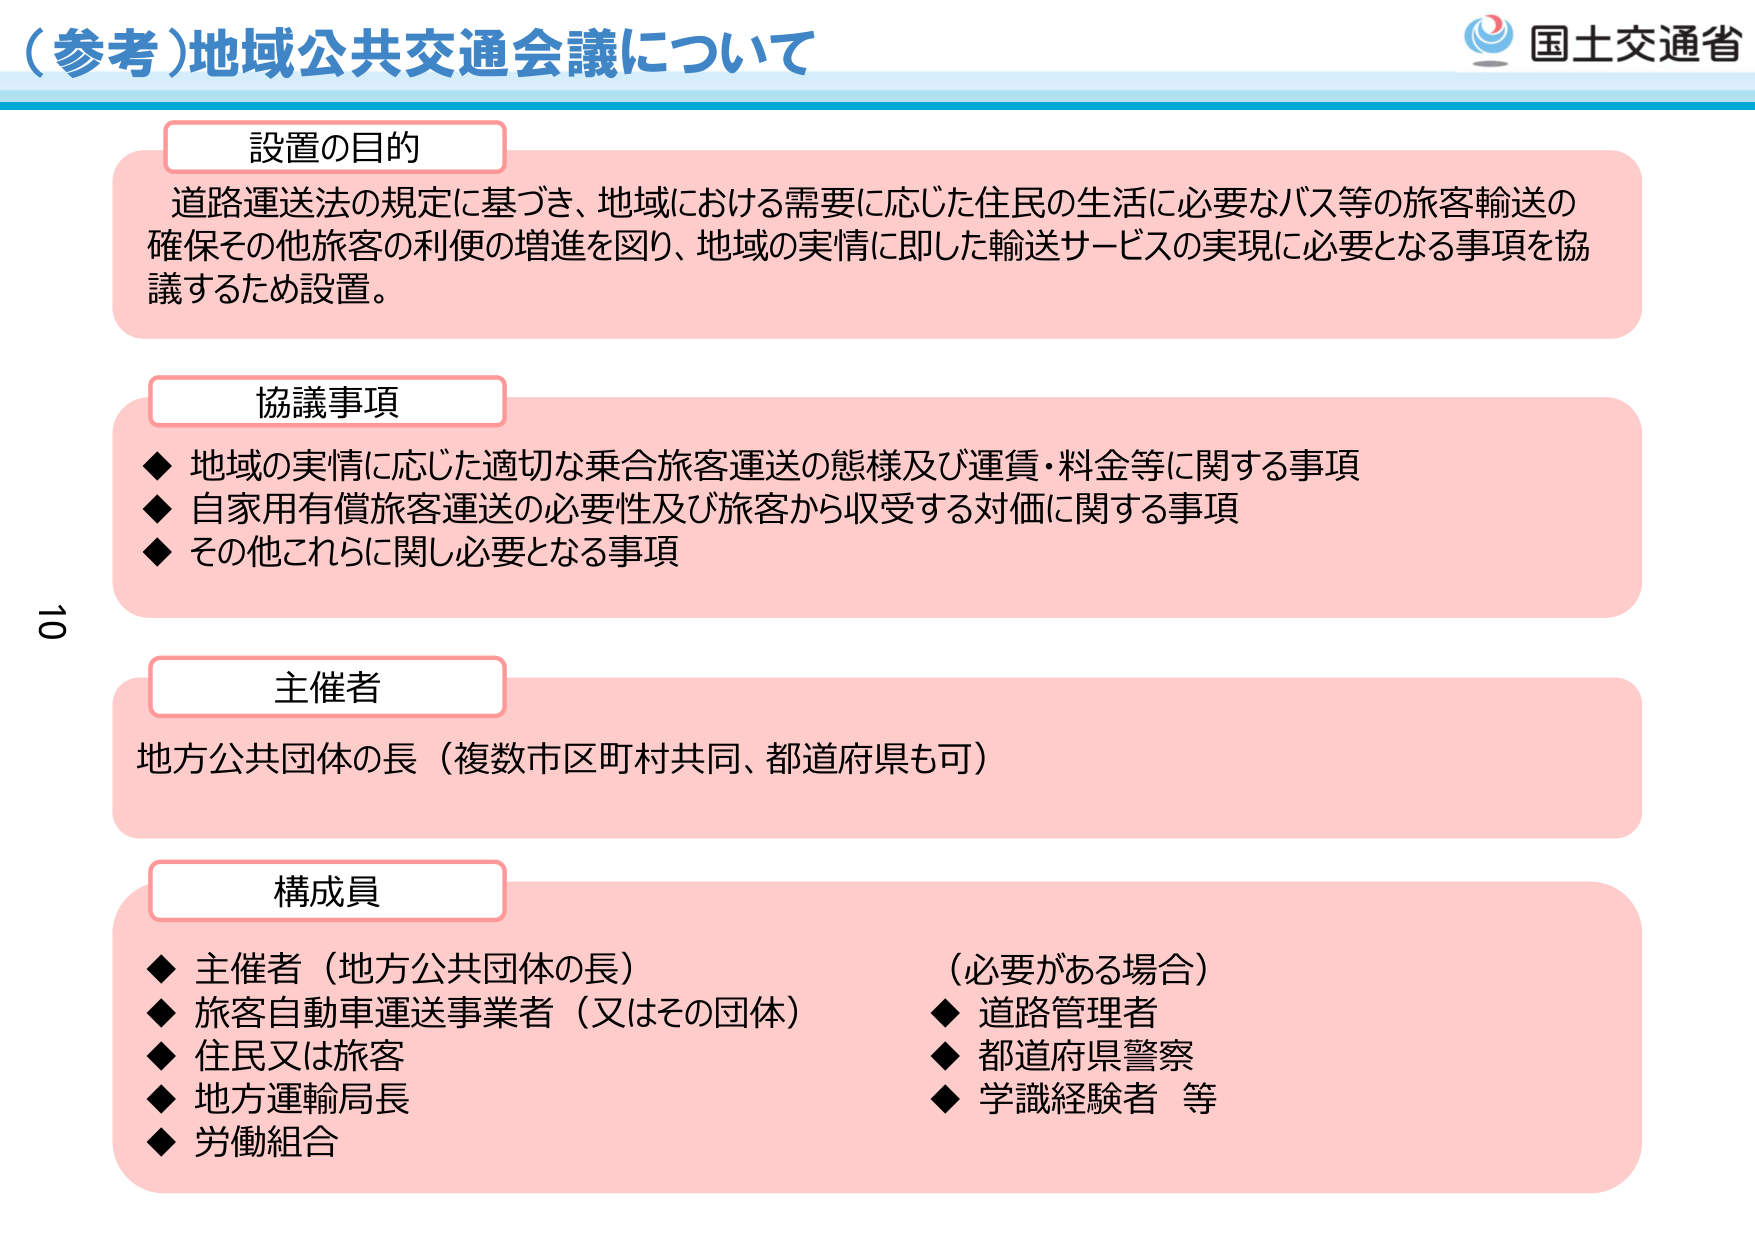
（参考）地域公共交通会議について

設置の目的
道路運送法の規定に基づき、地域における需要に応じた住民の生活に必要なバス等の旅客輸送の確保その他旅客の利便の増進を図り、地域の実情に即した輸送サービスの実現に必要となる事項を協議するため設置。

協議事項
◆ 地域の実情に応じた適切な乗合旅客運送の態様及び運賃・料金等に関する事項
◆ 自家用有償旅客運送の必要性及び旅客から収受する対価に関する事項
◆ その他これらに関し必要となる事項

主催者
地方公共団体の長（複数市区町村共同、都道府県も可）

構成員
◆ 主催者（地方公共団体の長）　　　　　　　　（必要がある場合）
◆ 旅客自動車運送事業者（又はその団体）　　◆ 道路管理者
◆ 住民又は旅客　　　　　　　　　　　　　　◆ 都道府県警察
◆ 地方運輸局長　　　　　　　　　　　　　　◆ 学識経験者 等
◆ 労働組合

国土交通省

10